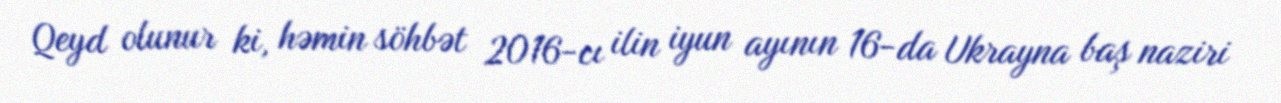
Qeyd olunur ki, həmin söhbət 2016-cı ilin iyun ayının 16-da Ukrayna baş naziri